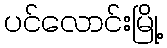
ပင်လောင်းမြို့